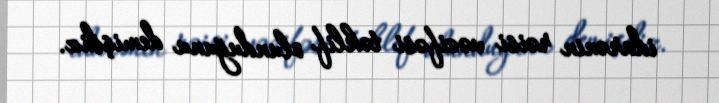
idarənin rəisi vəzifəsi təklif olunduğunu demişdiz.